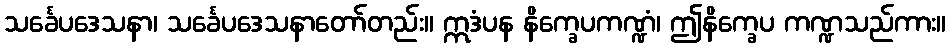
သင်္ခေပဒေသနာ၊ သင်္ခေပဒေသနာတော်တည်း။ ဣဒံပန နိက္ခေပကဏ္ဍံ၊ ဤနိက္ခေပ ကဏ္ဍသည်ကား။